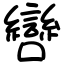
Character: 㘘